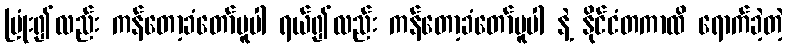
ပြုံး၍လည်း ကန်တော့ခံတော်မူပါ ရယ်၍လည်း ကန်တော့ခံတော်မူပါ နဲ့ နိုင်ငံတကာထိ ရောက်ခဲ့တဲ့